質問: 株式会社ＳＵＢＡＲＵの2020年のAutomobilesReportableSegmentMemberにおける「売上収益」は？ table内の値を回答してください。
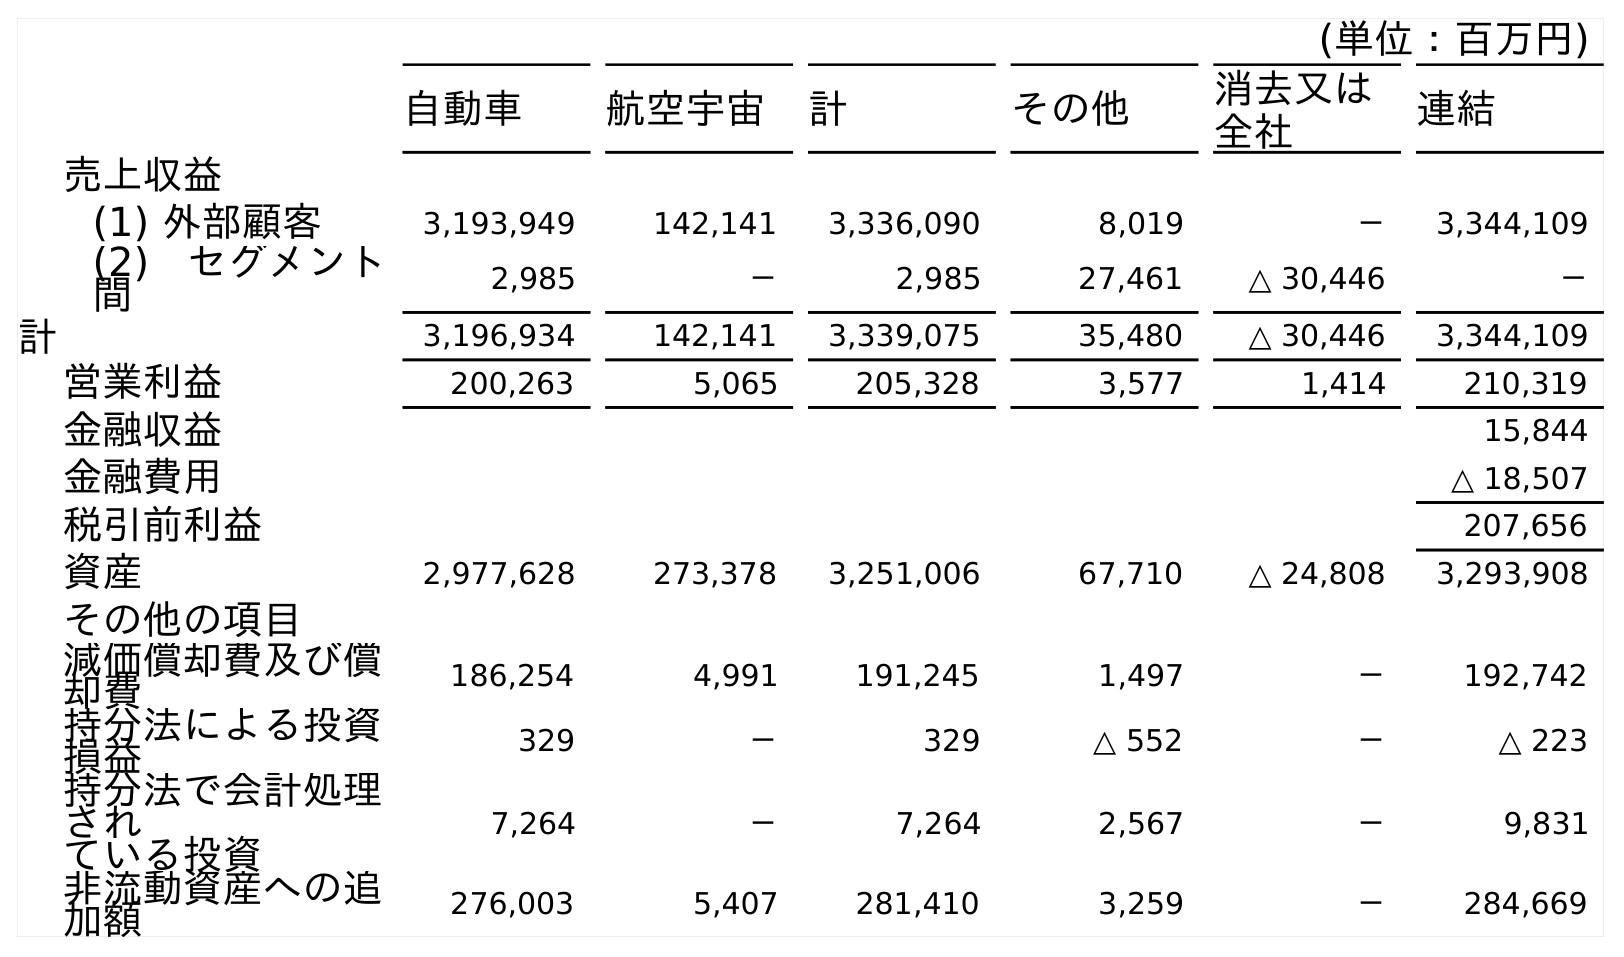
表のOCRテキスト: (単位：百万円) 自動車 航空宇宙 計 その他 消去又は 全社 連結 売上収益 (1) 外部顧客 3,193,949 142,141 3,336,090 8,019 － 3,344,109 (2) セグメント 間 2,985 － 2,985 27,461 △ 30,446 － 計 3,196,934 142,141 3,339,075 35,480 △ 30,446 3,344,109 営業利益 200,263 5,065 205,328 3,577 1,414 210,319 金融収益 15,844 金融費用 △ 18,507 税引前利益 207,656 資産 2,977,628 273,378 3,251,006 67,710 △ 24,808 3,293,908 その他の項目 減価償却費及び償 却費 186,254 4,991 191,245 1,497 － 192,742 持分法による投資 損益 329 － 329 △ 552 － △ 223 持分法で会計処理 され ている投資 7,264 － 7,264 2,567 － 9,831 非流動資産への追 加額 276,003 5,407 281,410 3,259 － 284,669
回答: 3,196,934